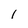
Character: l